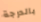
بالدرجة